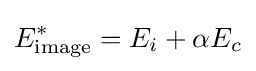
E_{\text}^{*}=E_{i}+\alpha E_{c}